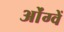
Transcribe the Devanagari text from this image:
ओंग्वें